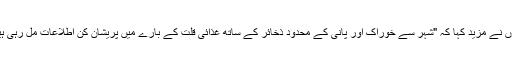
انہوں نے مزید کہا کہ "شہر سے خوراک اور پانی کے محدود ذخائر کے ساتھ غذائی قلت کے بارے میں پریشان کن اطلاعات مل رہی ہیں”۔